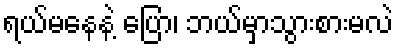
ရယ်မနေနဲ့ ပြော၊ ဘယ်မှာသွားစားမလဲ